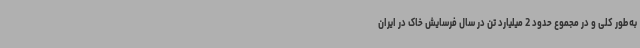
به‌طور کلی و در مجموع حدود 2 میلیارد تن در سال فرسایش خاک در ایران